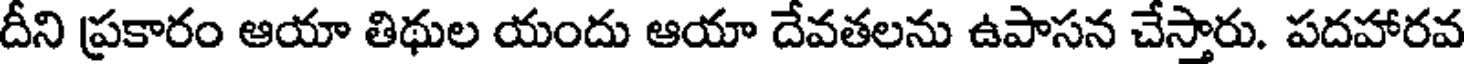
దీని ప్రకారం ఆయా తిథుల యందు ఆయా దేవతలను ఉపాసన చేస్తారు. పదహారవ